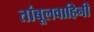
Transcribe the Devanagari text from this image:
तांबूलवाहिनी